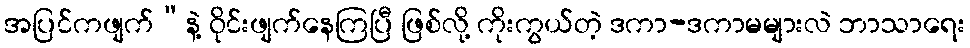
အပြင်ကဖျက်”နဲ့ ဝိုင်းဖျက်နေကြပြီ ဖြစ်လို့ ကိုးကွယ်တဲ့ ဒကာ-ဒကာမများလဲ ဘာသာရေး